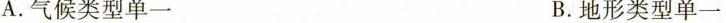
A.气候类型单一 B.地形类型单一